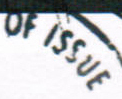
OF ISSUE